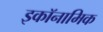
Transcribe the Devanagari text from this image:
इकॉनामिक